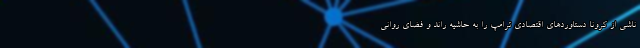
ناشی از کرونا دستاوردهای اقتصادی ترامپ را به حاشیه راند و فضای روانی